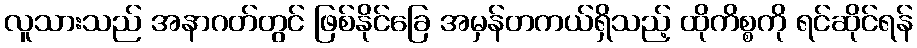
လူသားသည် အနာဂတ်တွင် ဖြစ်နိုင်ခြေ အမှန်တကယ်ရှိသည့် ထိုကိစ္စကို ရင်ဆိုင်ရန်